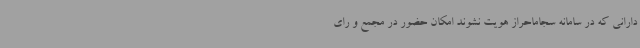
‌دارانی که در سامانه سجاماحراز هویت نشوند امکان حضور در مجمع و رای